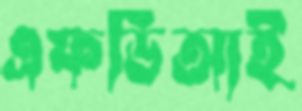
এফডিআই